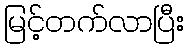
မြင့်တက်လာပြီး